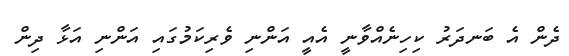
ދެން އެ ބަނދަރު ކިހިނެއްވާނީ އެއީ އަންނި ވެރިކަމުގައި އަންނި އަޅާ ދިން